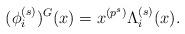
LaTeX: \begin{align*} (\phi_i^{(s)})^G(x)=x^{(p^s)}\Lambda_i^{(s)}(x).\end{align*}